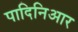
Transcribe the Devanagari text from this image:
पादिनिआर